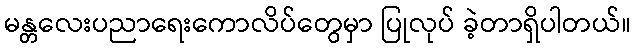
မန္တလေးပညာရေးကောလိပ်တွေမှာ ပြုလုပ် ခဲ့တာရှိပါတယ်။